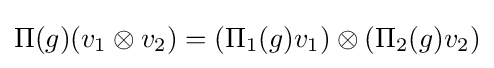
\Pi (g)(v_{1}\otimes v_{2})=(\Pi _{1}(g)v_{1})\otimes (\Pi _{2}(g)v_{2})